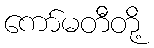
ကော်မတီတို့